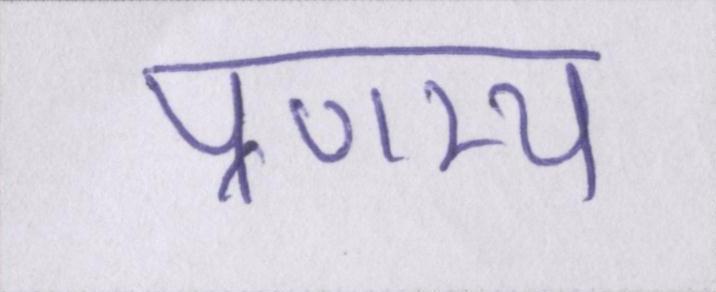
प्रणम्य